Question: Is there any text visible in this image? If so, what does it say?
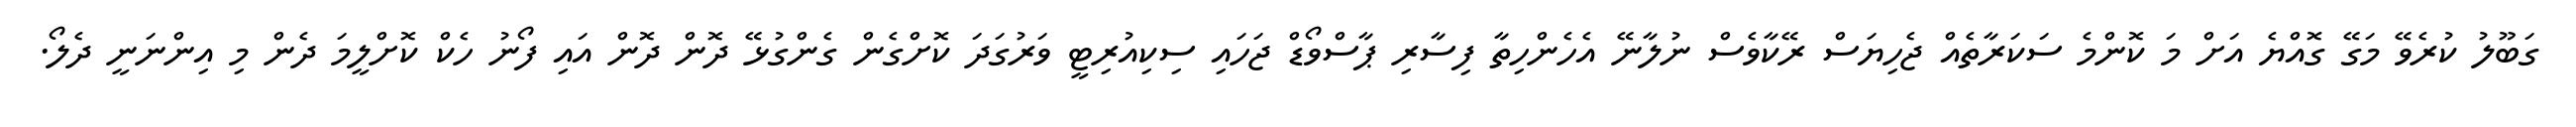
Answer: ގަބޫލު ކުރެވޭ މަގޭ ގޮއްޔެ އަށް މަ ކޮންމެ ސަކަރާތެއް ޖެހިޔަސް ރޭކާވެސް ނުލާނޭ އެހެންހިތާ ފިސާރި ޕާސްވޯޑް ޖަހައި ސިކިއުރިޓީ ވަރުގަދަ ކޮށްގެން ގެންގުޅޭ ދޮން ދޮން އައި ފޯނު ހެކް ކޮށްލީމަ ދެން މި އިންނަނީ ދެލޯ.